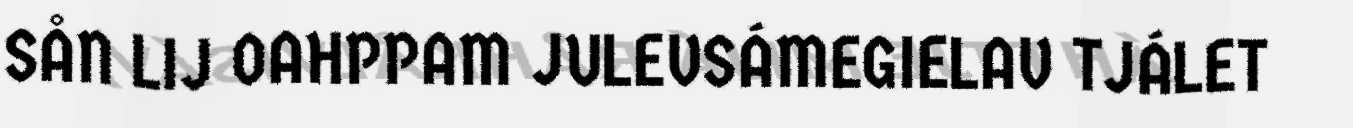
SÅN LIJ OAHPPAM JULEVSÁMEGIELAV TJÁLET